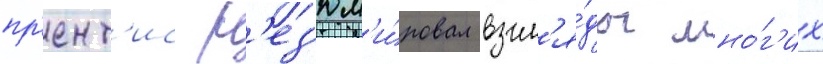
пр'ент'ис р'ез'юм'и́ровал взгл'я́ды мно́г'их